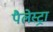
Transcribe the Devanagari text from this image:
पैलेस्ट्रा